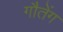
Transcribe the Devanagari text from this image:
गौतेंग